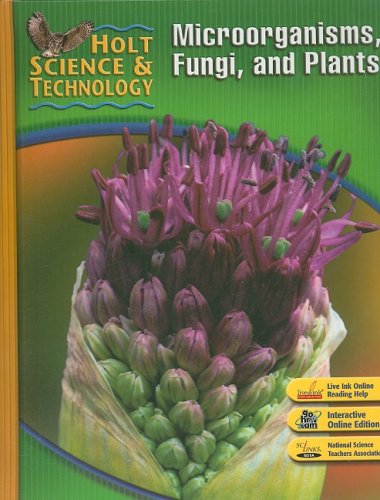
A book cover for Holt Science & Technology: Microorganisms, Fungi, and Plants Short Course A; Children's Books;